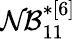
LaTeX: \mathcal{NB}_{11}^{*[6]}